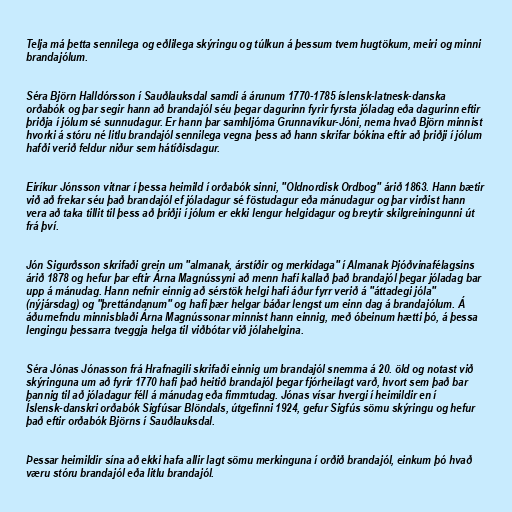
Telja má þetta sennilega og eðlilega skýringu og túlkun á þessum tvem hugtökum, meiri og minni
brandajólum.

Séra Björn Halldórsson í Sauðlauksdal samdi á árunum 1770-1785 íslensk-latnesk-danska
orðabók og þar segir hann að brandajól séu þegar dagurinn fyrir fyrsta jóladag eða dagurinn eftir
þriðja í jólum sé sunnudagur. Er hann þar samhljóma Grunnavíkur-Jóni, nema hvað Björn minnist
hvorki á stóru né litlu brandajól sennilega vegna þess að hann skrifar bókina eftir að þriðji í jólum
hafði verið feldur niður sem hátíðisdagur.

Eiríkur Jónsson vitnar í þessa heimild í orðabók sinni, "Oldnordisk Ordbog" árið 1863. Hann bætir
við að frekar séu það brandajól ef jóladagur sé föstudagur eða mánudagur og þar virðist hann
vera að taka tillit til þess að þriðji í jólum er ekki lengur helgidagur og breytir skilgreiningunni út
frá því.

Jón Sigurðsson skrifaði grein um "almanak, árstíðir og merkidaga" í Almanak Þjóðvinafélagsins
árið 1878 og hefur þar eftir Árna Magnússyni að menn hafi kallað það brandajól þegar jóladag bar
upp á mánudag. Hann nefnir einnig að sérstök helgi hafi áður fyrr verið á "áttadegi jóla"
(nýjársdag) og "þrettándanum" og hafi þær helgar báðar lengst um einn dag á brandajólum. Á
áðurnefndu minnisblaði Árna Magnússonar minnist hann einnig, með óbeinum hætti þó, á þessa
lengingu þessarra tveggja helga til viðbótar við jólahelgina.

Séra Jónas Jónasson frá Hrafnagili skrifaði einnig um brandajól snemma á 20. öld og notast við
skýringuna um að fyrir 1770 hafi það heitið brandajól þegar fjórheilagt varð, hvort sem það bar
þannig til að jóladagur féll á mánudag eða fimmtudag. Jónas vísar hvergi í heimildir en í
Íslensk-danskri orðabók Sigfúsar Blöndals, útgefinni 1924, gefur Sigfús sömu skýringu og hefur
það eftir orðabók Björns í Sauðlauksdal.

Þessar heimildir sína að ekki hafa allir lagt sömu merkinguna í orðið brandajól, einkum þó hvað
væru stóru brandajól eða litlu brandajól.